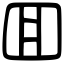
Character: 囬